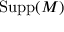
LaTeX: \operatorname { S u p p } ( M )